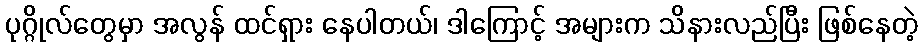
ပုဂ္ဂိုလ်တွေမှာ အလွန် ထင်ရှား နေပါတယ်၊ ဒါကြောင့် အများက သိနားလည်ပြီး ဖြစ်နေတဲ့